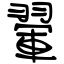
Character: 翬